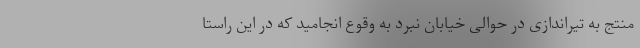
منتج به تیراندازی در حوالی خیابان نبرد به وقوع انجامید که در این راستا